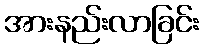
အားနည်းလာခြင်း